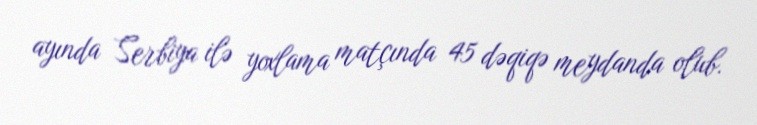
ayında Serbiya ilə yoxlama matçında 45 dəqiqə meydanda olub.